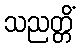
သညတ္တိံ